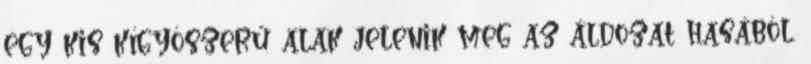
egy kis kígyószerű alak jelenik meg az áldozat hasából.